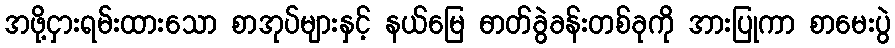
အဖို့ငှားရမ်းထားသော စာအုပ်များနှင့် နယ်မြေ ဓာတ်ခွဲခန်းတစ်ခုကို အားပြုကာ စာမေးပွဲ